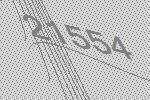
21554